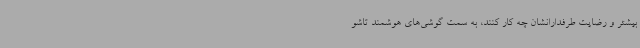
بیشتر و رضایت طرفدارانشان چه کار کنند، به سمت گوشی‌های هوشمند تاشو